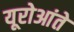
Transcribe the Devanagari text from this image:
यूरोआंते